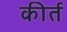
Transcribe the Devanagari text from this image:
कीर्त